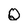
Character: Q